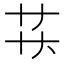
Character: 𬻋